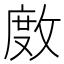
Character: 𢾅